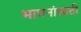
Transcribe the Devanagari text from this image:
भावनांसाठी